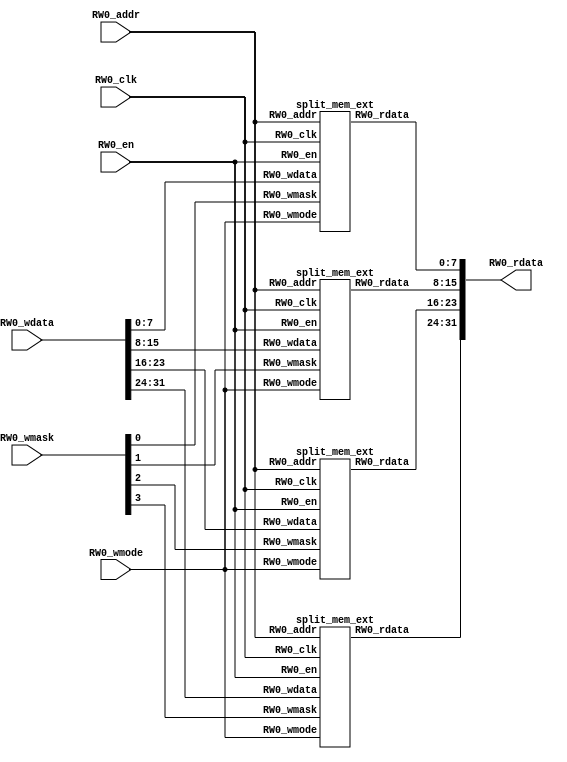
module mem_ext(
  input  [9:0]  RW0_addr,
  input         RW0_clk,
  input  [31:0] RW0_wdata,
  output [31:0] RW0_rdata,
  input         RW0_en,
  input         RW0_wmode,
  input  [3:0]  RW0_wmask
);
  wire [9:0] mem_0_0_RW0_addr;
  wire  mem_0_0_RW0_clk;
  wire [7:0] mem_0_0_RW0_wdata;
  wire [7:0] mem_0_0_RW0_rdata;
  wire  mem_0_0_RW0_en;
  wire  mem_0_0_RW0_wmode;
  wire  mem_0_0_RW0_wmask;
  wire [9:0] mem_0_1_RW0_addr;
  wire  mem_0_1_RW0_clk;
  wire [7:0] mem_0_1_RW0_wdata;
  wire [7:0] mem_0_1_RW0_rdata;
  wire  mem_0_1_RW0_en;
  wire  mem_0_1_RW0_wmode;
  wire  mem_0_1_RW0_wmask;
  wire [9:0] mem_0_2_RW0_addr;
  wire  mem_0_2_RW0_clk;
  wire [7:0] mem_0_2_RW0_wdata;
  wire [7:0] mem_0_2_RW0_rdata;
  wire  mem_0_2_RW0_en;
  wire  mem_0_2_RW0_wmode;
  wire  mem_0_2_RW0_wmask;
  wire [9:0] mem_0_3_RW0_addr;
  wire  mem_0_3_RW0_clk;
  wire [7:0] mem_0_3_RW0_wdata;
  wire [7:0] mem_0_3_RW0_rdata;
  wire  mem_0_3_RW0_en;
  wire  mem_0_3_RW0_wmode;
  wire  mem_0_3_RW0_wmask;
  wire [7:0] RW0_rdata_0_0 = mem_0_0_RW0_rdata;
  wire [7:0] RW0_rdata_0_1 = mem_0_1_RW0_rdata;
  wire [7:0] RW0_rdata_0_2 = mem_0_2_RW0_rdata;
  wire [7:0] RW0_rdata_0_3 = mem_0_3_RW0_rdata;
  wire [15:0] _GEN_0 = {RW0_rdata_0_1,RW0_rdata_0_0};
  wire [23:0] _GEN_1 = {RW0_rdata_0_2,RW0_rdata_0_1,RW0_rdata_0_0};
  wire [31:0] RW0_rdata_0 = {RW0_rdata_0_3,RW0_rdata_0_2,RW0_rdata_0_1,RW0_rdata_0_0};
  wire [15:0] _GEN_2 = {RW0_rdata_0_1,RW0_rdata_0_0};
  wire [23:0] _GEN_3 = {RW0_rdata_0_2,RW0_rdata_0_1,RW0_rdata_0_0};
  split_mem_ext mem_0_0 (
    .RW0_addr(mem_0_0_RW0_addr),
    .RW0_clk(mem_0_0_RW0_clk),
    .RW0_wdata(mem_0_0_RW0_wdata),
    .RW0_rdata(mem_0_0_RW0_rdata),
    .RW0_en(mem_0_0_RW0_en),
    .RW0_wmode(mem_0_0_RW0_wmode),
    .RW0_wmask(mem_0_0_RW0_wmask)
  );
  split_mem_ext mem_0_1 (
    .RW0_addr(mem_0_1_RW0_addr),
    .RW0_clk(mem_0_1_RW0_clk),
    .RW0_wdata(mem_0_1_RW0_wdata),
    .RW0_rdata(mem_0_1_RW0_rdata),
    .RW0_en(mem_0_1_RW0_en),
    .RW0_wmode(mem_0_1_RW0_wmode),
    .RW0_wmask(mem_0_1_RW0_wmask)
  );
  split_mem_ext mem_0_2 (
    .RW0_addr(mem_0_2_RW0_addr),
    .RW0_clk(mem_0_2_RW0_clk),
    .RW0_wdata(mem_0_2_RW0_wdata),
    .RW0_rdata(mem_0_2_RW0_rdata),
    .RW0_en(mem_0_2_RW0_en),
    .RW0_wmode(mem_0_2_RW0_wmode),
    .RW0_wmask(mem_0_2_RW0_wmask)
  );
  split_mem_ext mem_0_3 (
    .RW0_addr(mem_0_3_RW0_addr),
    .RW0_clk(mem_0_3_RW0_clk),
    .RW0_wdata(mem_0_3_RW0_wdata),
    .RW0_rdata(mem_0_3_RW0_rdata),
    .RW0_en(mem_0_3_RW0_en),
    .RW0_wmode(mem_0_3_RW0_wmode),
    .RW0_wmask(mem_0_3_RW0_wmask)
  );
  assign RW0_rdata = {RW0_rdata_0_3,_GEN_1};
  assign mem_0_0_RW0_addr = RW0_addr;
  assign mem_0_0_RW0_clk = RW0_clk;
  assign mem_0_0_RW0_wdata = RW0_wdata[7:0];
  assign mem_0_0_RW0_en = RW0_en;
  assign mem_0_0_RW0_wmode = RW0_wmode;
  assign mem_0_0_RW0_wmask = RW0_wmask[0];
  assign mem_0_1_RW0_addr = RW0_addr;
  assign mem_0_1_RW0_clk = RW0_clk;
  assign mem_0_1_RW0_wdata = RW0_wdata[15:8];
  assign mem_0_1_RW0_en = RW0_en;
  assign mem_0_1_RW0_wmode = RW0_wmode;
  assign mem_0_1_RW0_wmask = RW0_wmask[1];
  assign mem_0_2_RW0_addr = RW0_addr;
  assign mem_0_2_RW0_clk = RW0_clk;
  assign mem_0_2_RW0_wdata = RW0_wdata[23:16];
  assign mem_0_2_RW0_en = RW0_en;
  assign mem_0_2_RW0_wmode = RW0_wmode;
  assign mem_0_2_RW0_wmask = RW0_wmask[2];
  assign mem_0_3_RW0_addr = RW0_addr;
  assign mem_0_3_RW0_clk = RW0_clk;
  assign mem_0_3_RW0_wdata = RW0_wdata[31:24];
  assign mem_0_3_RW0_en = RW0_en;
  assign mem_0_3_RW0_wmode = RW0_wmode;
  assign mem_0_3_RW0_wmask = RW0_wmask[3];
endmodule
module split_mem_ext(
  input  [9:0] RW0_addr,
  input        RW0_clk,
  input  [7:0] RW0_wdata,
  output [7:0] RW0_rdata,
  input        RW0_en,
  input        RW0_wmode,
  input        RW0_wmask
);
`ifdef RANDOMIZE_MEM_INIT
  reg [31:0] _RAND_0;
`endif // RANDOMIZE_MEM_INIT
`ifdef RANDOMIZE_REG_INIT
  reg [31:0] _RAND_1;
  reg [31:0] _RAND_2;
`endif // RANDOMIZE_REG_INIT
  reg [7:0] ram [0:1023];
  wire [7:0] ram_RW_0_r_data;
  wire [9:0] ram_RW_0_r_addr;
  wire [7:0] ram_RW_0_w_data;
  wire [9:0] ram_RW_0_w_addr;
  wire  ram_RW_0_w_mask;
  wire  ram_RW_0_w_en;
  reg  ram_RW_0_r_en_pipe_0;
  reg [9:0] ram_RW_0_r_addr_pipe_0;
  wire  _GEN_0 = ~RW0_wmode;
  wire  _GEN_1 = ~RW0_wmode;
  assign ram_RW_0_r_addr = ram_RW_0_r_addr_pipe_0;
  assign ram_RW_0_r_data = ram[ram_RW_0_r_addr];
  assign ram_RW_0_w_data = RW0_wdata;
  assign ram_RW_0_w_addr = RW0_addr;
  assign ram_RW_0_w_mask = RW0_wmask;
  assign ram_RW_0_w_en = RW0_en & RW0_wmode;
  assign RW0_rdata = ram_RW_0_r_data;
  always @(posedge RW0_clk) begin
    if(ram_RW_0_w_en & ram_RW_0_w_mask) begin
      ram[ram_RW_0_w_addr] <= ram_RW_0_w_data;
    end
    ram_RW_0_r_en_pipe_0 <= RW0_en & ~RW0_wmode;
    if (RW0_en & ~RW0_wmode) begin
      ram_RW_0_r_addr_pipe_0 <= RW0_addr;
    end
  end
// Register and memory initialization
`ifdef RANDOMIZE_GARBAGE_ASSIGN
`define RANDOMIZE
`endif
`ifdef RANDOMIZE_INVALID_ASSIGN
`define RANDOMIZE
`endif
`ifdef RANDOMIZE_REG_INIT
`define RANDOMIZE
`endif
`ifdef RANDOMIZE_MEM_INIT
`define RANDOMIZE
`endif
`ifndef RANDOM
`define RANDOM $random
`endif
`ifdef RANDOMIZE_MEM_INIT
  integer initvar;
`endif
`ifndef SYNTHESIS
`ifdef FIRRTL_BEFORE_INITIAL
`FIRRTL_BEFORE_INITIAL
`endif
initial begin
  `ifdef RANDOMIZE
    `ifdef INIT_RANDOM
      `INIT_RANDOM
    `endif
    `ifndef VERILATOR
      `ifdef RANDOMIZE_DELAY
        #`RANDOMIZE_DELAY begin end
      `else
        #0.002 begin end
      `endif
    `endif
`ifdef RANDOMIZE_MEM_INIT
  _RAND_0 = {1{`RANDOM}};
  for (initvar = 0; initvar < 1024; initvar = initvar+1)
    ram[initvar] = _RAND_0[7:0];
`endif // RANDOMIZE_MEM_INIT
`ifdef RANDOMIZE_REG_INIT
  _RAND_1 = {1{`RANDOM}};
  ram_RW_0_r_en_pipe_0 = _RAND_1[0:0];
  _RAND_2 = {1{`RANDOM}};
  ram_RW_0_r_addr_pipe_0 = _RAND_2[9:0];
`endif // RANDOMIZE_REG_INIT
  `endif // RANDOMIZE
end // initial
`ifdef FIRRTL_AFTER_INITIAL
`FIRRTL_AFTER_INITIAL
`endif
`endif // SYNTHESIS
endmodule